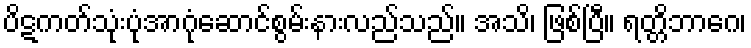
ပိဋကတ်သုံးပုံအာဂုံဆောင်စွမ်းနားလည်သည်။ အသိ၊ ဖြစ်ပြီ။ ရတ္တိဘာဂေ၊